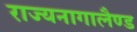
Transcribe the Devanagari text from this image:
राज्यनागालैण्ड